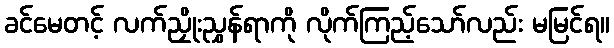
ခင်မေတင့် လက်ညှိုးညွှန်ရာကို လိုက်ကြည့်သော်လည်း မမြင်ရ။